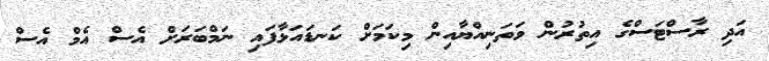
އަދި ރާސްޓަސްގެ އިތުރުން ވަތަނިއްޔާއިން މިކަމަށް ކަނޑައަޅާފައި ނަމްބަރަށް އެސް އެމް އެސް